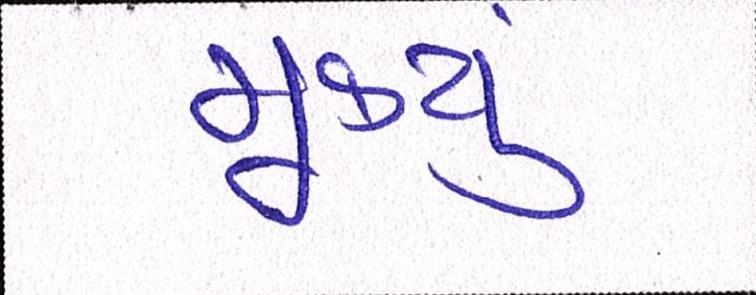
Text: મૂક્યું